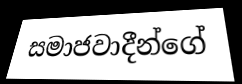
සමාජවාදීන්ගේ